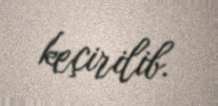
keçirilib.